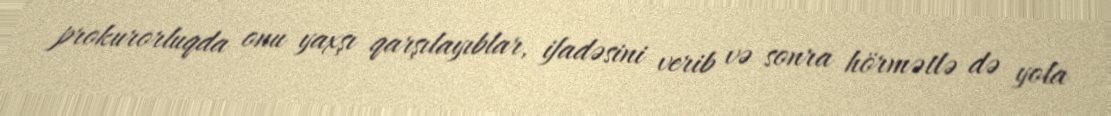
prokurorluqda onu yaxşı qarşılayıblar, ifadəsini verib və sonra hörmətlə də yola